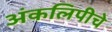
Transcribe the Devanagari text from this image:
अंकलिपीचे